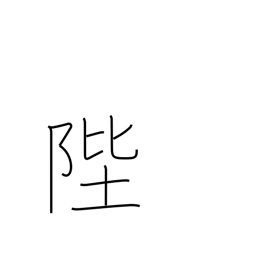
Meaning: steps (of throne)